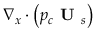
\nabla _ { x } \cdot \left( p _ { c } \textbf { U } _ { s } \right)